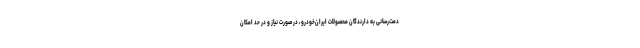
دمت‌رسانی به دارندگان محصولات ایران‌خودرو، در صورت نیاز و در حد امکان